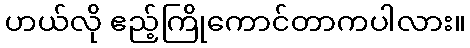
ဟယ်လို ဧည့်ကြိုကောင်တာကပါလား။